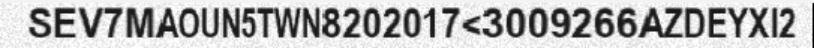
SEV7MAOUN5TWN8202017<3009266AZDEYXI2